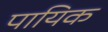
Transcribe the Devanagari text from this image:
पायिक